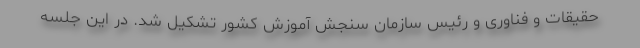
حقیقات و فناوری و رئیس سازمان سنجش آموزش کشور تشکیل شد. در این جلسه